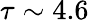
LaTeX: \tau\sim 4.6